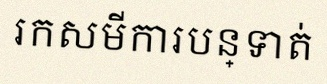
រកសមីការបន្ទាត់